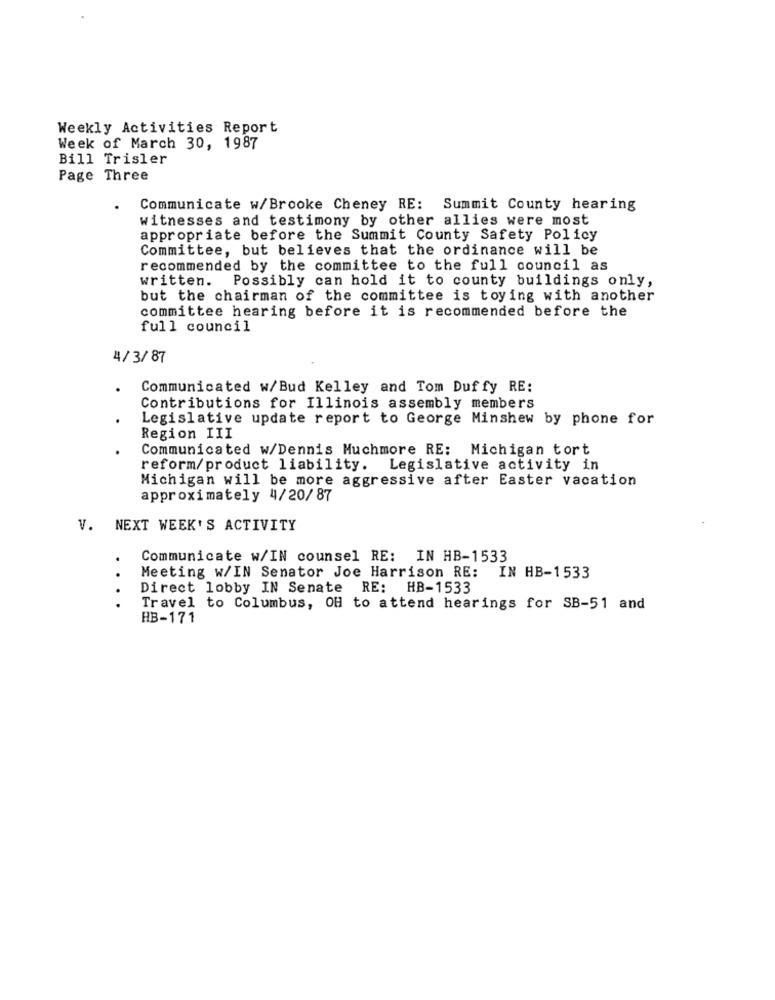
Weekly Activities Report
Week of March 30, 1987
Bill Trisler
Page Three
Communicate w/Brooke Cheney RE: Summit County hearing
witnesses and testimony by other allies were most
appropriate before the Summit County Safety Policy
Committee, but believes that the ordinance will be
recommended by the committee to the full council as
written.
Possibly can hold it to county buildings only,
but the chairman of the committee is toying with another
committee hearing before it is recommended before the
full council
4/3/87
Communicated w/Bud Kelley and Tom Duffy RE:
Contributions for Illinois assembly members
Legislative update report to George Minshew by phone for
Region III
Communicated w/Dennis Muchmore RE: Michigan tort
reform/product liability. Legislative activity in
Michigan will be more aggressive after Easter vacation
approximately 4/20/87
V.
NEXT WEEK'S ACTIVITY
.
Communicate w/IN counsel RE: IN HB-1533
.
Meeting w/IN Senator Joe Harrison RE: IN HB-1533
Direct lobby IN Senate RE: HB-1533
. .
Travel to Columbus, OH to attend hearings for SB-51 and
HB-171